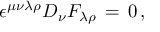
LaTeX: \epsilon ^ { \mu \nu \lambda \rho } D _ { \nu } F _ { \lambda \rho } \, = \, 0 \, ,